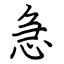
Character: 急